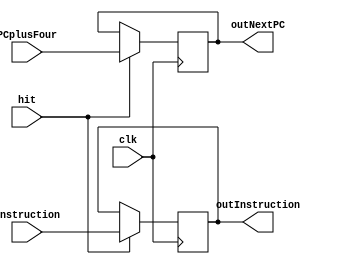
module IF_ID_Register(
	input [31:0]instruction,
	input [31:0]PCplusFour,
	input clk, hit,
	
	output reg [31:0] outInstruction,
	output reg [31:0] outNextPC
    );

	always@(negedge clk)
		begin
			if(hit == 1) 
				begin
					outInstruction = instruction;
					outNextPC = PCplusFour;
				end
		end

endmodule